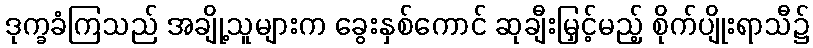
ဒုက္ခခံကြသည် အချို့သူများက ခွေးနှစ်ကောင် ဆုချီးမြှင့်မည့် စိုက်ပျိုးရာသီ၌